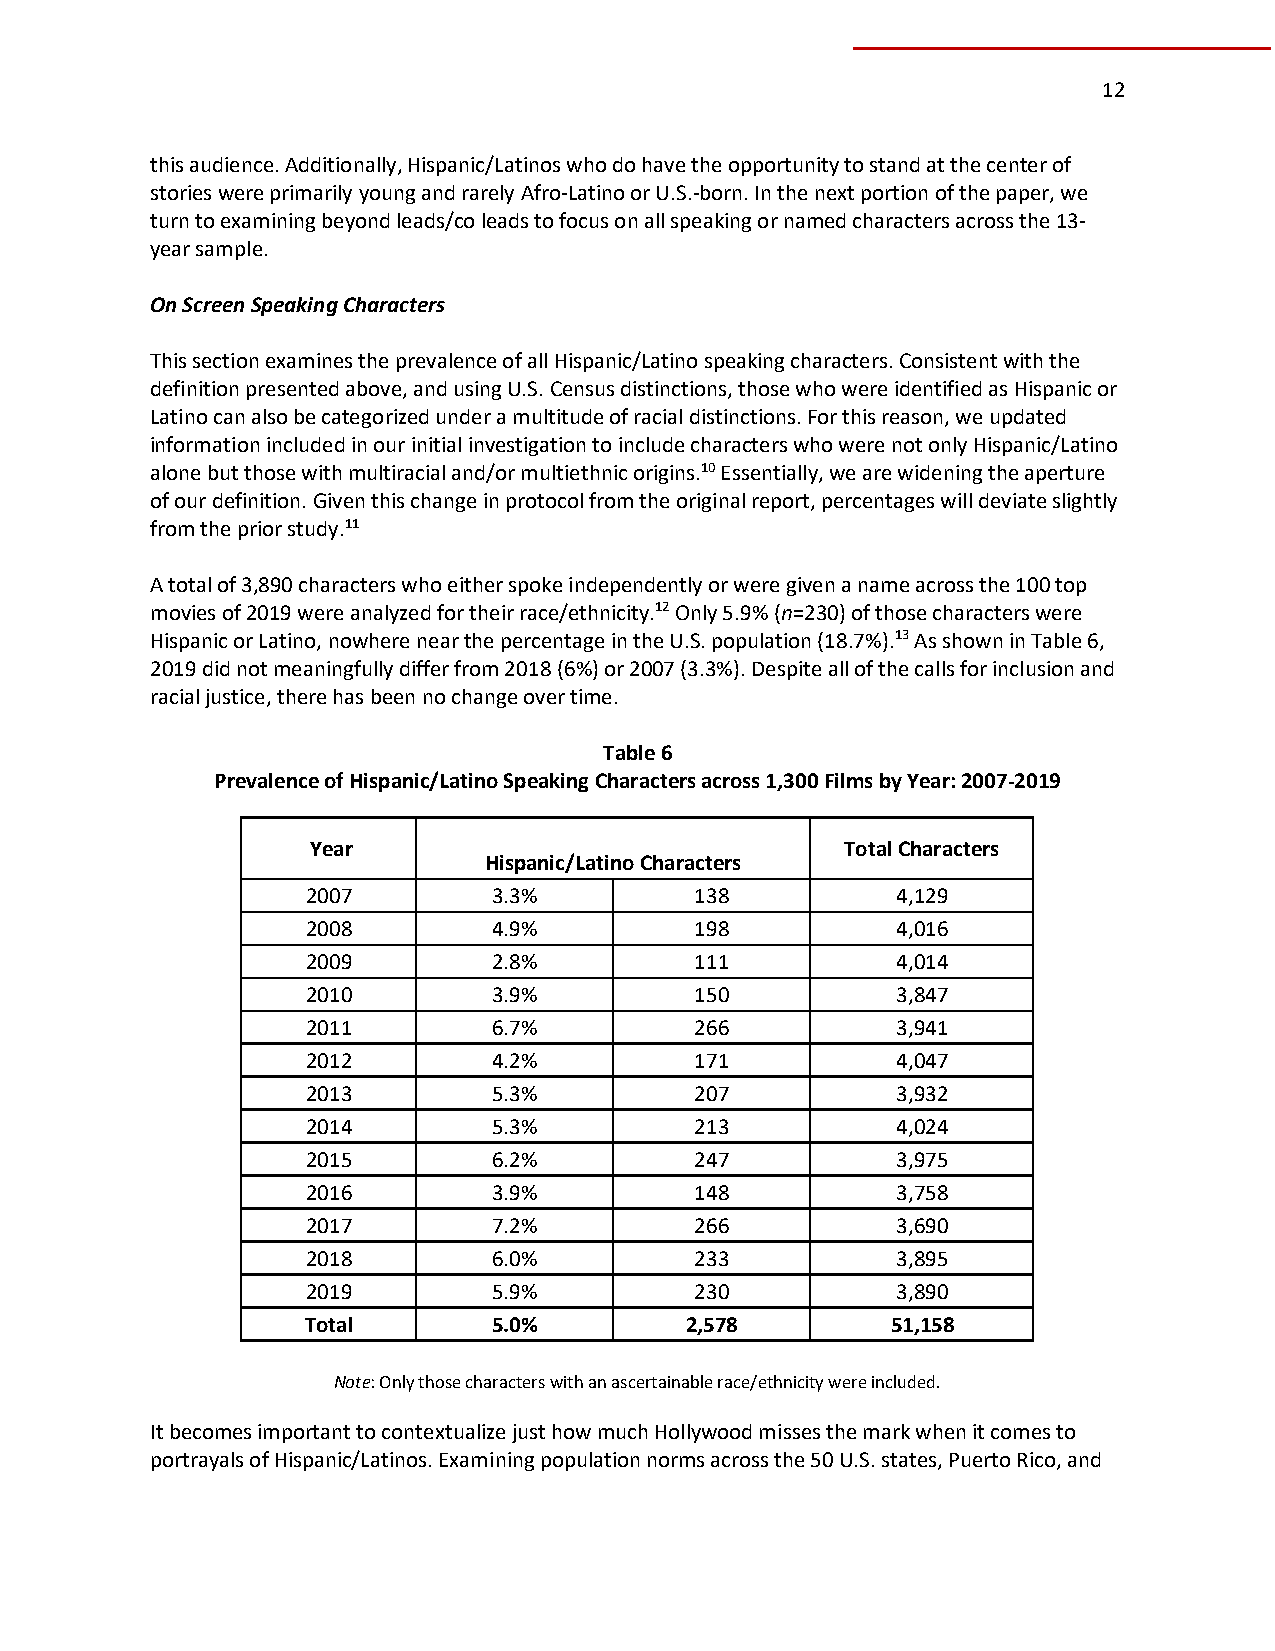
12
 this audience. Additionally, Hispanic/Latinos who do have the opportunity to stand at the center of
 stories were primarily young and rarely Afro-Latino or U.S.-born. In the next portion of the paper, we
 turn to examining beyond leads/co leads to focus on all speaking or named characters across the 13-
 year sample.
 On Screen Speaking Characters
 This section examines the prevalence of all Hispanic/Latino speaking characters. Consistent with the
 definition presented above, and using U.S. Census distinctions, those who were identified as Hispanic or
 Latino can also be categorized under a multitude of racial distinctions. For this reason, we updated
 information included in our initial investigation to include characters who were not only Hispanic/Latino
 alone but those with multiracial and/or multiethnic origins.10 Essentially, we are widening the aperture
 of our definition. Given this change in protocol from the original report, percentages will deviate slightly
 from the prior study.11
 A total of 3,890 characters who either spoke independently or were given a name across the 100 top
 movies of 2019 were analyzed for their race/ethnicity.12 Only 5.9% (n=230) of those characters were
 Hispanic or Latino, nowhere near the percentage in the U.S. population (18.7%).13 As shown in Table 6,
 2019 did not meaningfully differ from 2018 (6%) or 2007 (3.3%). Despite all of the calls for inclusion and
 racial justice, there has been no change over time.
 Table 6
 Prevalence of Hispanic/Latino Speaking Characters across 1,300 Films by Year: 2007-2019
 Year                               Total Characters
 Hispanic/Latino Characters
 2007         3.3%         138          4,129
 2008         4.9%         198          4,016
 2009         2.8%         111          4,014
 2010         3.9%         150          3,847
 2011         6.7%         266          3,941
 2012         4.2%         171          4,047
 2013         5.3%         207          3,932
 2014         5.3%         213          4,024
 2015         6.2%         247          3,975
 2016         3.9%         148          3,758
 2017         7.2%         266          3,690
 2018         6.0%         233          3,895
 2019         5.9%         230          3,890
 Total        5.0%        2,578         51,158
 Note: Only those characters with an ascertainable race/ethnicity were included.
 It becomes important to contextualize just how much Hollywood misses the mark when it comes to
 portrayals of Hispanic/Latinos. Examining population norms across the 50 U.S. states, Puerto Rico, and